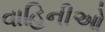
વાહિનીઓ